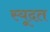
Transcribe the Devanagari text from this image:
स्यूदत